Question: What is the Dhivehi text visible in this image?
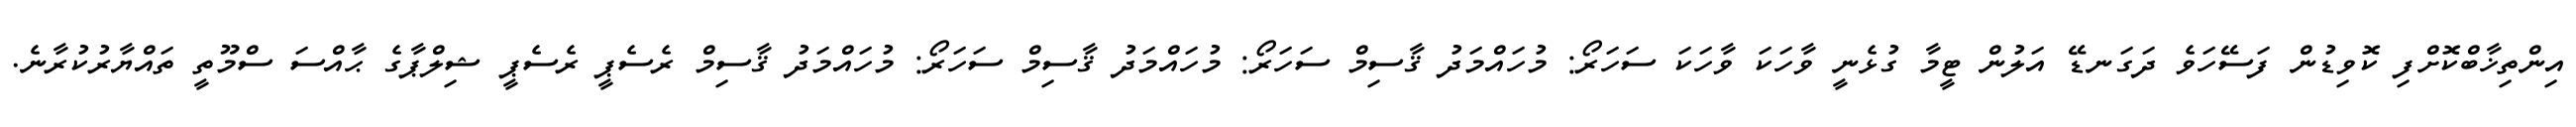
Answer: އިންތިޚާބްކޮށްފި ކޮވިޑުން ފަސޭހަވެ ދަގަނޑޭ އަލުން ޓީމާ ގުޅެނީ ވާހަކަ ވާހަކަ ސަހަރޯ: މުހައްމަދު ޤާސިމް ސަހަރޯ: މުހައްމަދު ޤާސިމް ސަހަރޯ: މުހައްމަދު ޤާސިމް ރެސެޕީ ރެސެޕީ ޝިލްޕާގެ ޙާއްސަ ސްމޫތީ ތައްޔާރުކުރާނެ.